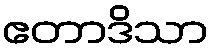
ဧတာဒိသာ